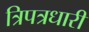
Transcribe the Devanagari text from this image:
त्रिपत्रधारी